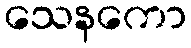
သေနကော